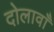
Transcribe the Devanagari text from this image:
दोलावाँ